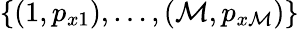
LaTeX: \{ (1,p_{x1}),\dots,(\mathcal{M},p_{x\mathcal{M}})\}